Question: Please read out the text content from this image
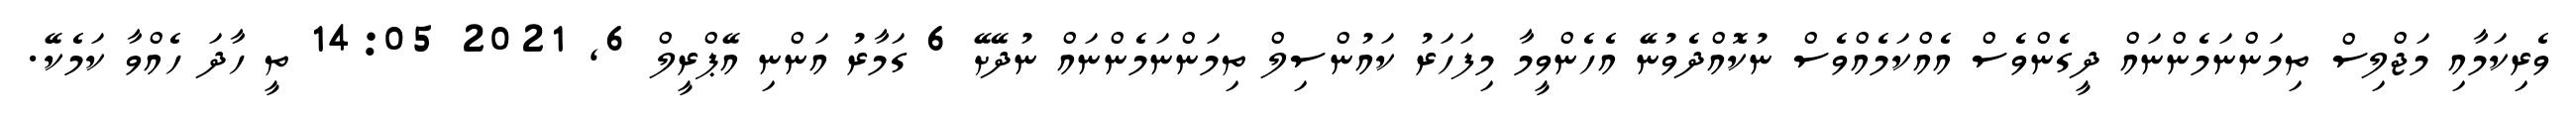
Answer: ވެރިކަމާއި މަޖްލިސް ތިމަންނަމެންނައް ދީގެންވެސް އެއްކަމެއްވެސް ނުކޮއްދެވުނޭ އެހެންވީމާ މިފަހަރު ކައުންސިލް ތިމަންނަމެންނައް ނުދޭށޭ 6 ގަމާރު އަންނި އޭޕްރީލް 6, 2021 14:05 ތީ ހާދަ ހެއްވާ ކަމެކޭ.